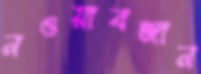
নওয়াবজান